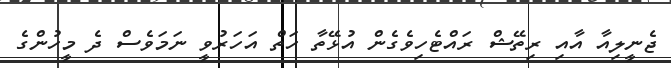
ޖެނީލިއާ އާއި ރިތޭޝް ރައްޓެހިވެގެން އުޅޭތާ ހަތް އަހަރުވީ ނަމަވެސް ދެ މީހުންގެ